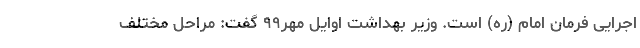
اجرایی فرمان امام (ره) است. وزیر بهداشت اوایل مهر۹۹ گفت: مراحل مختلف